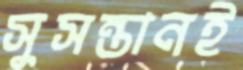
সুসন্তানই